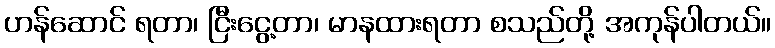
ဟန်ဆောင် ရတာ၊ ငြီးငွေ့တာ၊ မာနထားရတာ စသည်တို့ အကုန်ပါတယ်။